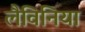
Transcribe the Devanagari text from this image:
लैविनिया